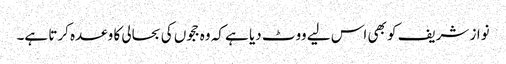
نواز شریف کو بھی اس لیے ووٹ دیا ہے کہ وہ ججوں کی بحالی کا وعدہ کرتا ہے۔